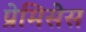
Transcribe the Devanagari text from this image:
प्रेमिसेस